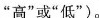
“高”或“低”)。